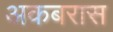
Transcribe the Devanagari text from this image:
अकबरास